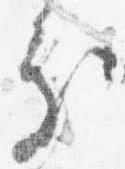
処